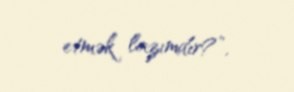
etmək lazımdır?”.